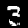
Digit: 3